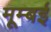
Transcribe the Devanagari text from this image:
मूम्बई